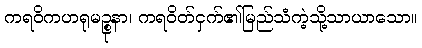
ကရဝိကဟရုမဉ္စုနာ၊ ကရဝိတ်ငှက်၏မြည်သံကဲ့သို့သာယာသော။